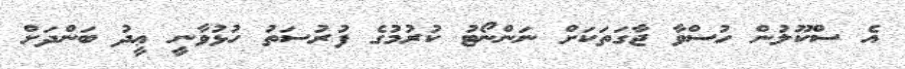
އެ ސްކޫލުން ހުސްވާ ޖާގަތަކަށް ނަންނޯޓު ކުރުމުގެ ފުރުސަތު ހުޅުވާނީ ޢީދު ބަންދަށް